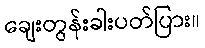
ချေးတွန်းခါးပတ်ပြား။